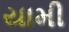
યામી